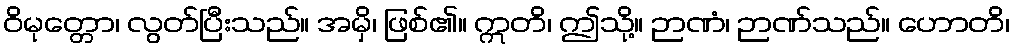
ဝိမုတ္တော၊ လွတ်ပြီးသည်။ အမှိ၊ ဖြစ်၏။ ဣတိ၊ ဤသို့။ ဉာဏံ၊ ဉာဏ်သည်။ ဟောတိ၊